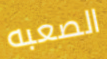
الصعبه